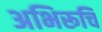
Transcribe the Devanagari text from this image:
अभिरूचि